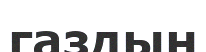
газдын